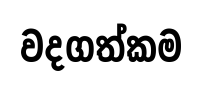
වදගත්කම